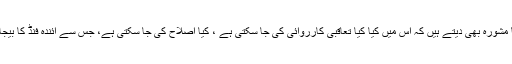
اور آڈیٹرس اپنا مشورہ بھی دیتے ہیں کہ اس میں کیا کیا تعاقبی کارروائی کی جا سکتی ہے ، کیا اصلاح کی جا سکتی ہے، جس سے آئندہ فنڈ کا بیجا استعمال نہ ہو۔